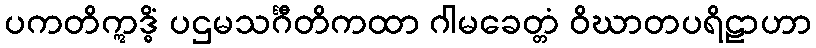
ပကတိဣဒ္ဓိံ ပဌမသင်္ဂီတိကထာ ဂါမခေတ္တံ ဝိဃာတပရိဠာဟာ